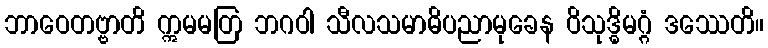
ဘာဝေတဗ္ဗာတိ ဣမမတြ ဘဂဝါ သီလသမာဓိပညာမုခေန ဝိသုဒ္ဓိမဂ္ဂံ ဒဿေတိ။